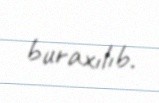
buraxılıb.